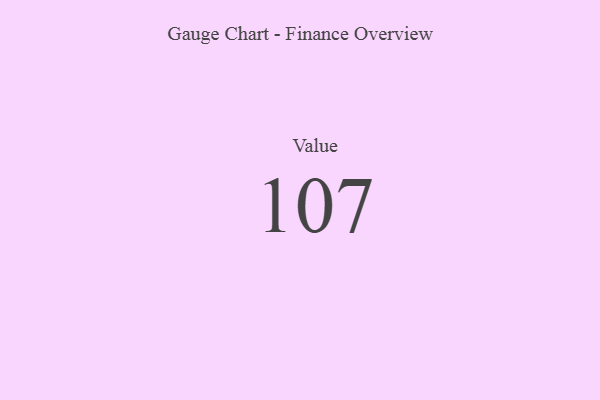
{"axis": {"x": "Metric", "y": "Value"}, "legend": [""], "data": [{"x": "Value", "y": 107, "type": ""}]}